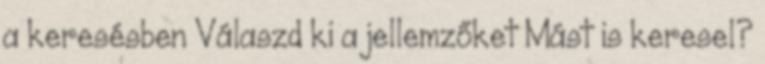
a keresésben Válaszd ki a jellemzőket Mást is keresel?